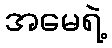
အမေရဲ့